Scottish Leaving Certificate Examination, 1958
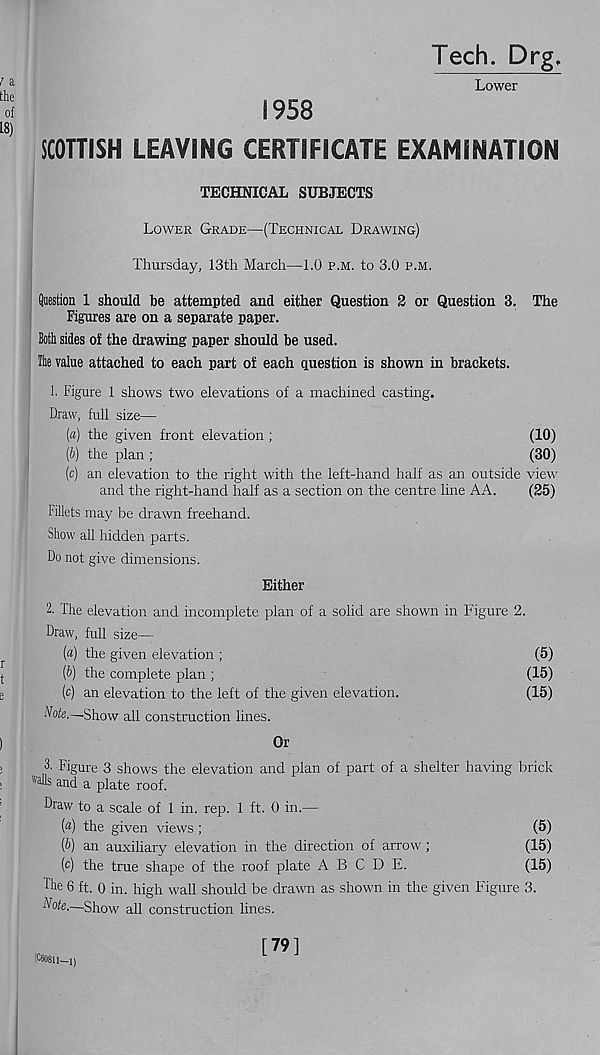
Tech. Drg,
Lower
1958
SCOTTISH LEAVING CERTIFICATE EXAMINATION
TECHNICAL SUBJECTS
Lower Grade—(Technical Drawing)
Thursday, 13th March—1.0 p.m. to 3.0 p.m.
Question 1 should be attempted and either Question 2 or Question 3. The
Figures are on a separate paper.
Both sides of the drawing paper should be used.
The value attached to each part of each question is shown in brackets.
1. Figure 1 shows two elevations of a machined casting.
Draw, full size—
(a) the given front elevation ;
(10)
(b) the plan ;
(30)
(c) an elevation to the right with the left-hand half as an outside view
and the right-hand half as a section on the centre line AA.
(25)
fillets may be drawn freehand.
Show all hidden parts.
Do not give dimensions.
Either
2. The elevation and incomplete plan of a solid are shown in Figure 2.
Draw, full size—
(а) the given elevation ;
(5)
(б) the complete plan ;
(15)
(c) an elevation to the left of the given elevation.
(15)
Note.—Show all construction lines.
Or
Figure 3 shows the elevation and plan of part of a shelter having brick
"dls and a plate roof.
Draw to a scale of 1 in. rep. 1 ft. 0 in.—
(a) the given views;
(5)
(b) an auxiliary elevation in the direction of arrow;
(15)
(c) the true shape of the roof plate ABODE.
(15)
r he 6 ft. 0 in. high wall should be drawn as shown in the given Figure 3.
Note.—Show all construction lines.
[79]